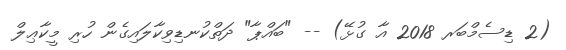
(2 ޑިސެމްބަރ 2018 އާ ގުޅޭ) -- "ބައްޕާ" ދަތްކުނޑިވިކާލައިގެން ހުރި މީކާޢިލް